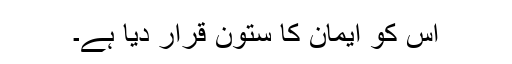
اس کو ایمان کا ستون قرار دیا ہے۔